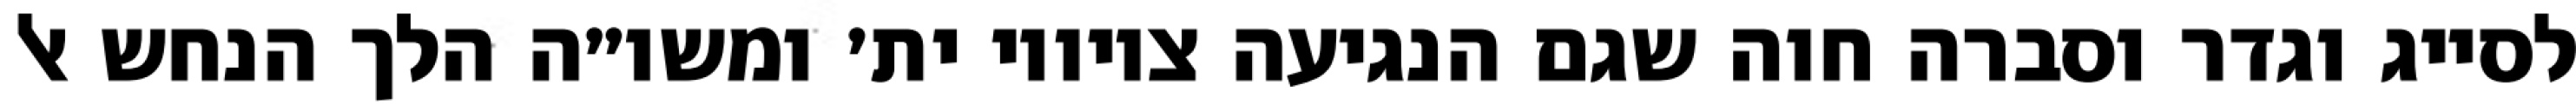
לסייג וגדר וסברה חוה שגם הנגיעה ציוויו ית׳ ומשו״ה הלך הנחש אל